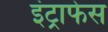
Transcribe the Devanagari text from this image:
इंट्राफेस